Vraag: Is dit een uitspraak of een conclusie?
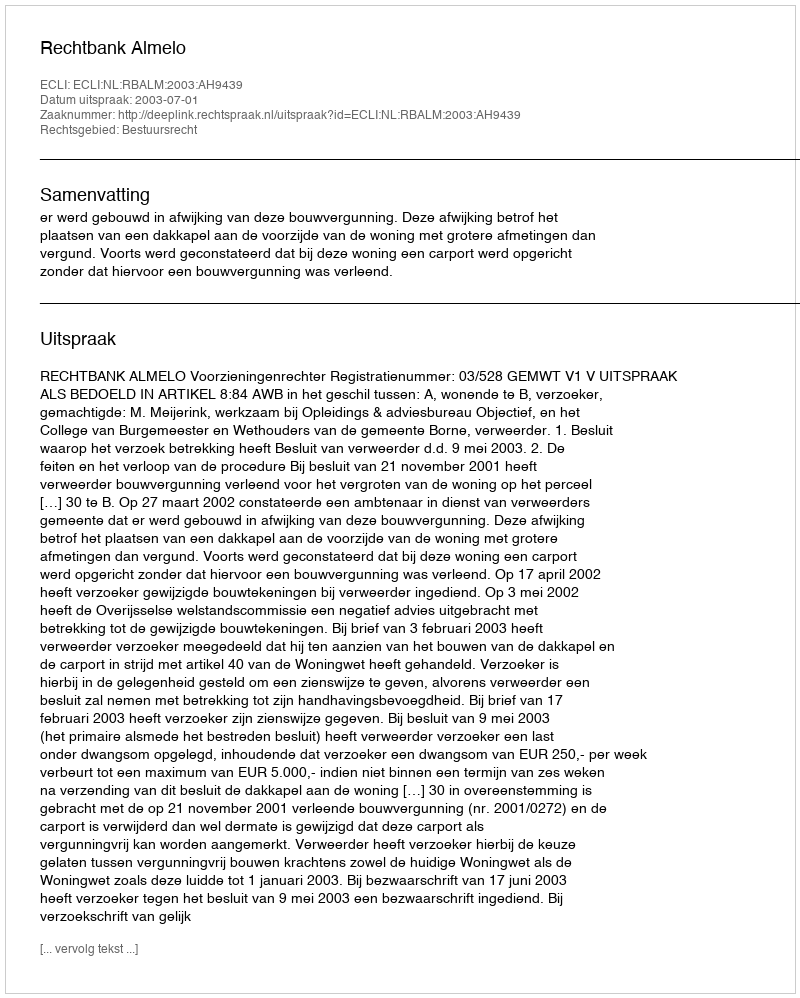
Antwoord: Uitspraak